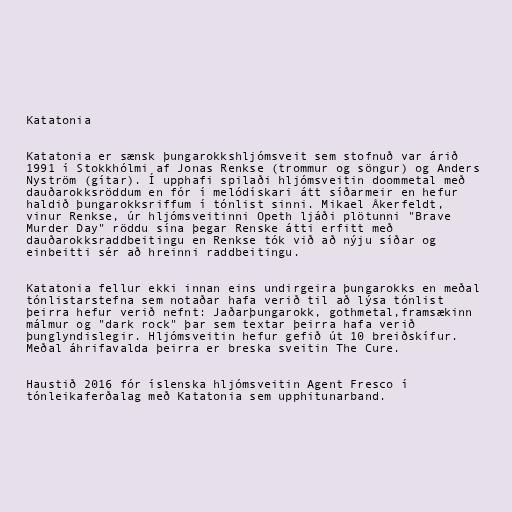
Katatonia

Katatonia er sænsk þungarokkshljómsveit sem stofnuð var árið
1991 í Stokkhólmi af Jonas Renkse (trommur og söngur) og Anders
Nyström (gítar). Í upphafi spilaði hljómsveitin doommetal með
dauðarokksröddum en fór í melódískari átt síðarmeir en hefur
haldið þungarokksriffum í tónlist sinni. Mikael Åkerfeldt,
vinur Renkse, úr hljómsveitinni Opeth ljáði plötunni "Brave
Murder Day" röddu sína þegar Renske átti erfitt með
dauðarokksraddbeitingu en Renkse tók við að nýju síðar og
einbeitti sér að hreinni raddbeitingu.

Katatonia fellur ekki innan eins undirgeira þungarokks en meðal
tónlistarstefna sem notaðar hafa verið til að lýsa tónlist
þeirra hefur verið nefnt: Jaðarþungarokk, gothmetal,framsækinn
málmur og "dark rock" þar sem textar þeirra hafa verið
þunglyndislegir. Hljómsveitin hefur gefið út 10 breiðskífur.
Meðal áhrifavalda þeirra er breska sveitin The Cure.

Haustið 2016 fór íslenska hljómsveitin Agent Fresco í
tónleikaferðalag með Katatonia sem upphitunarband.